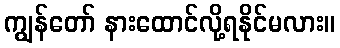
ကျွန်တော် နားထောင်လို့ရနိုင်မလား။